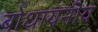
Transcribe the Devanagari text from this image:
बोधायनीय